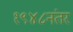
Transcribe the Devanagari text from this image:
१९४८नंतर